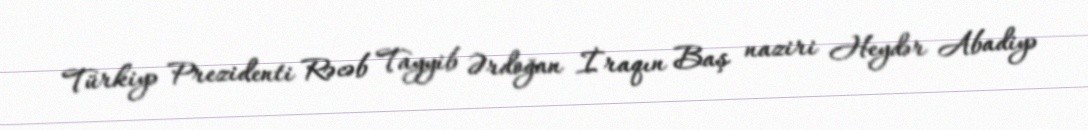
Türkiyə Prezidenti Rəcəb Tayyib Ərdoğan İraqın Baş naziri Heydər Abadiyə